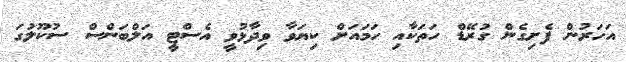
އަހަރުން ފެށިގެން ގުރޭޑް ހަތަކާއި ހަމައަށް ކިޔަވާ ވިދާޅުވީ އެސްޓީ އަލްބަންސް ސުކޫލުގަ